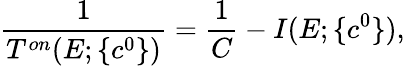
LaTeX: \displaystyle\frac{1}{T^{on}(E;\{ c^{0}\} )}=\displaystyle\frac{1}{C}-I(E;\{ c^{0}\} ),